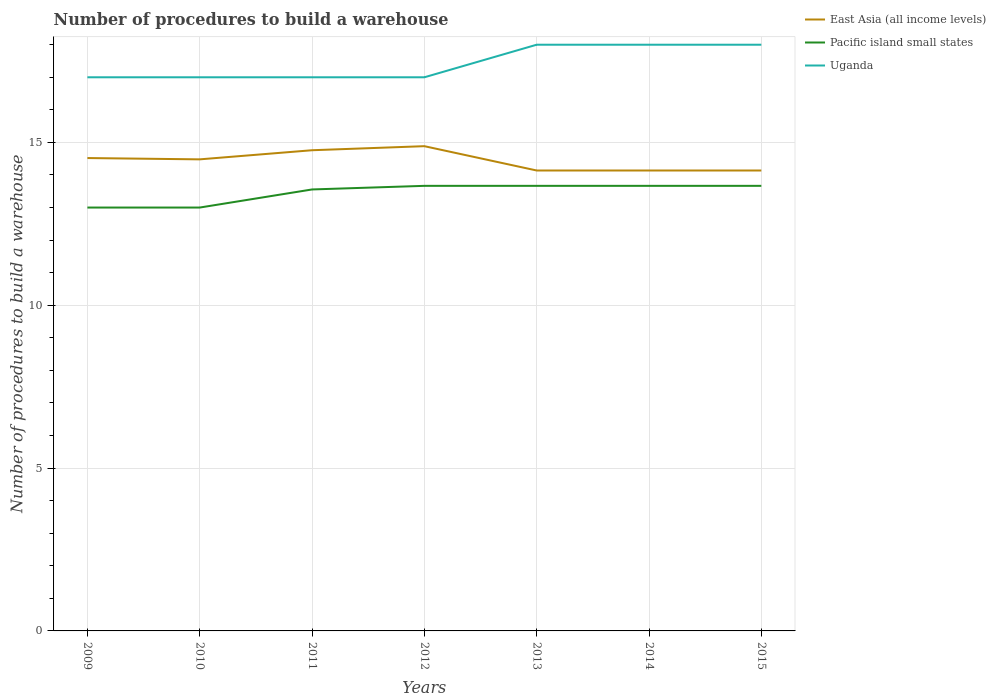
| Years | East Asia (all income levels) | Pacific island small states | Uganda |
 | --- | --- | --- | --- |
 | 2009 | 14.5 | 13 | 17 |
 | 2010 | 14.5 | 13 | 17 |
 | 2011 | 14.8 | 13.6 | 17 |
 | 2012 | 14.9 | 13.7 | 17 |
 | 2013 | 14.1 | 13.7 | 18 |
 | 2014 | 14.1 | 13.7 | 18 |
 | 2015 | 14.1 | 13.7 | 18 |